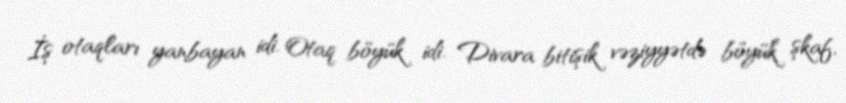
İş otaqları yanbayan idi. Otaq böyük idi. Divara bitişik vəziyyətdə böyük şkaf,